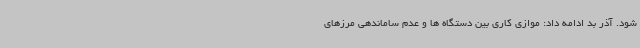
شود. آذر بد ادامه داد: موازی کاری بین دستگاه ها و عدم ساماندهی مرزهای